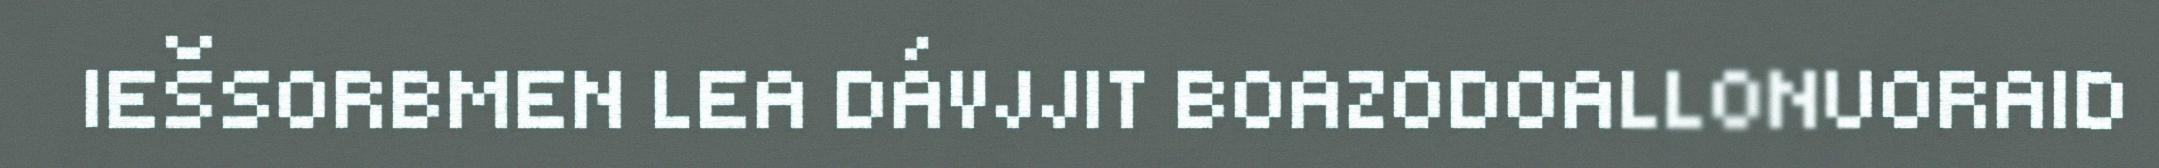
IEŠSORBMEN LEA DÁVJJIT BOAZODOALLONUORAID